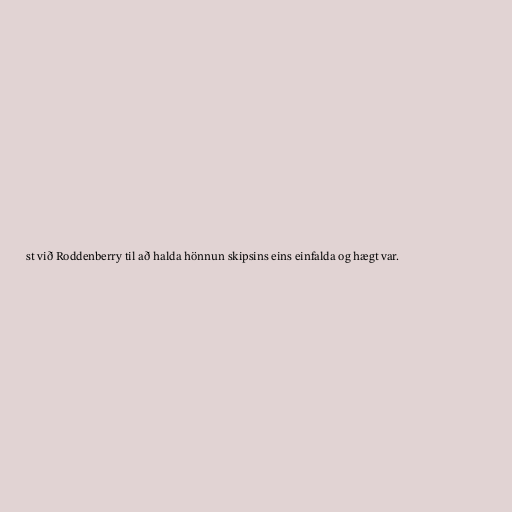
st við Roddenberry til að halda hönnun skipsins eins einfalda og hægt var.